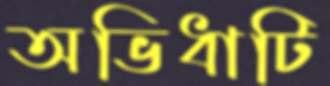
অভিধাটি